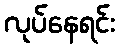
လုပ်နေရင်း